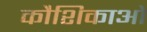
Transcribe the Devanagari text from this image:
कौशिकाओ